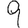
Digit: 9